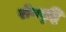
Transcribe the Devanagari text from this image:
रोगवृद्धि